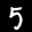
Label: 5